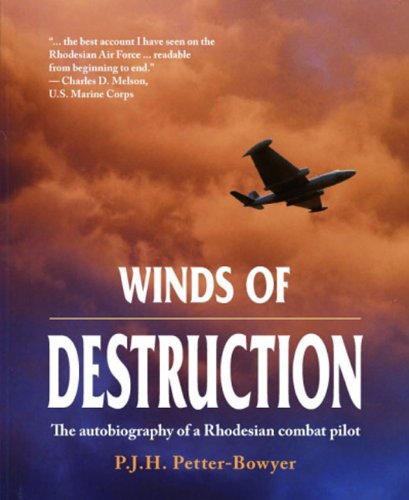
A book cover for WINDS OF DESTRUCTION: The Autobiography of a Rhodesian Combat Pilot; Peter Petter-Bowyer; History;